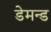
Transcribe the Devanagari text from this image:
डेमन्ड